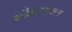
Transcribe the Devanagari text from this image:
काँझरव्हेशन